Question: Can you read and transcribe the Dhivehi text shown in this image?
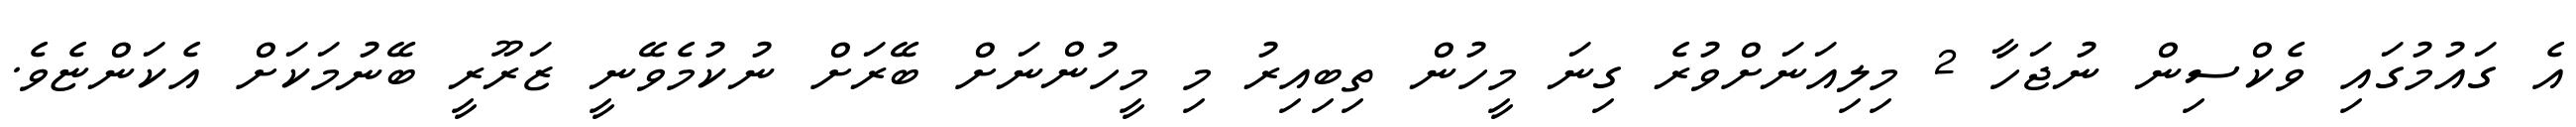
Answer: އެ ގައުމުގައި ވެކްސިން ނުޖަހާ 2 މިލިއަނަށްވުރެ ގިނަ މީހުން ތިބިއިރު މި މީހުންނަށް ބޭރަށް ނުކުމެވޭނީ ޒަރޫރީ ބޭނުމަކަށް އެކަންޏެވެ.